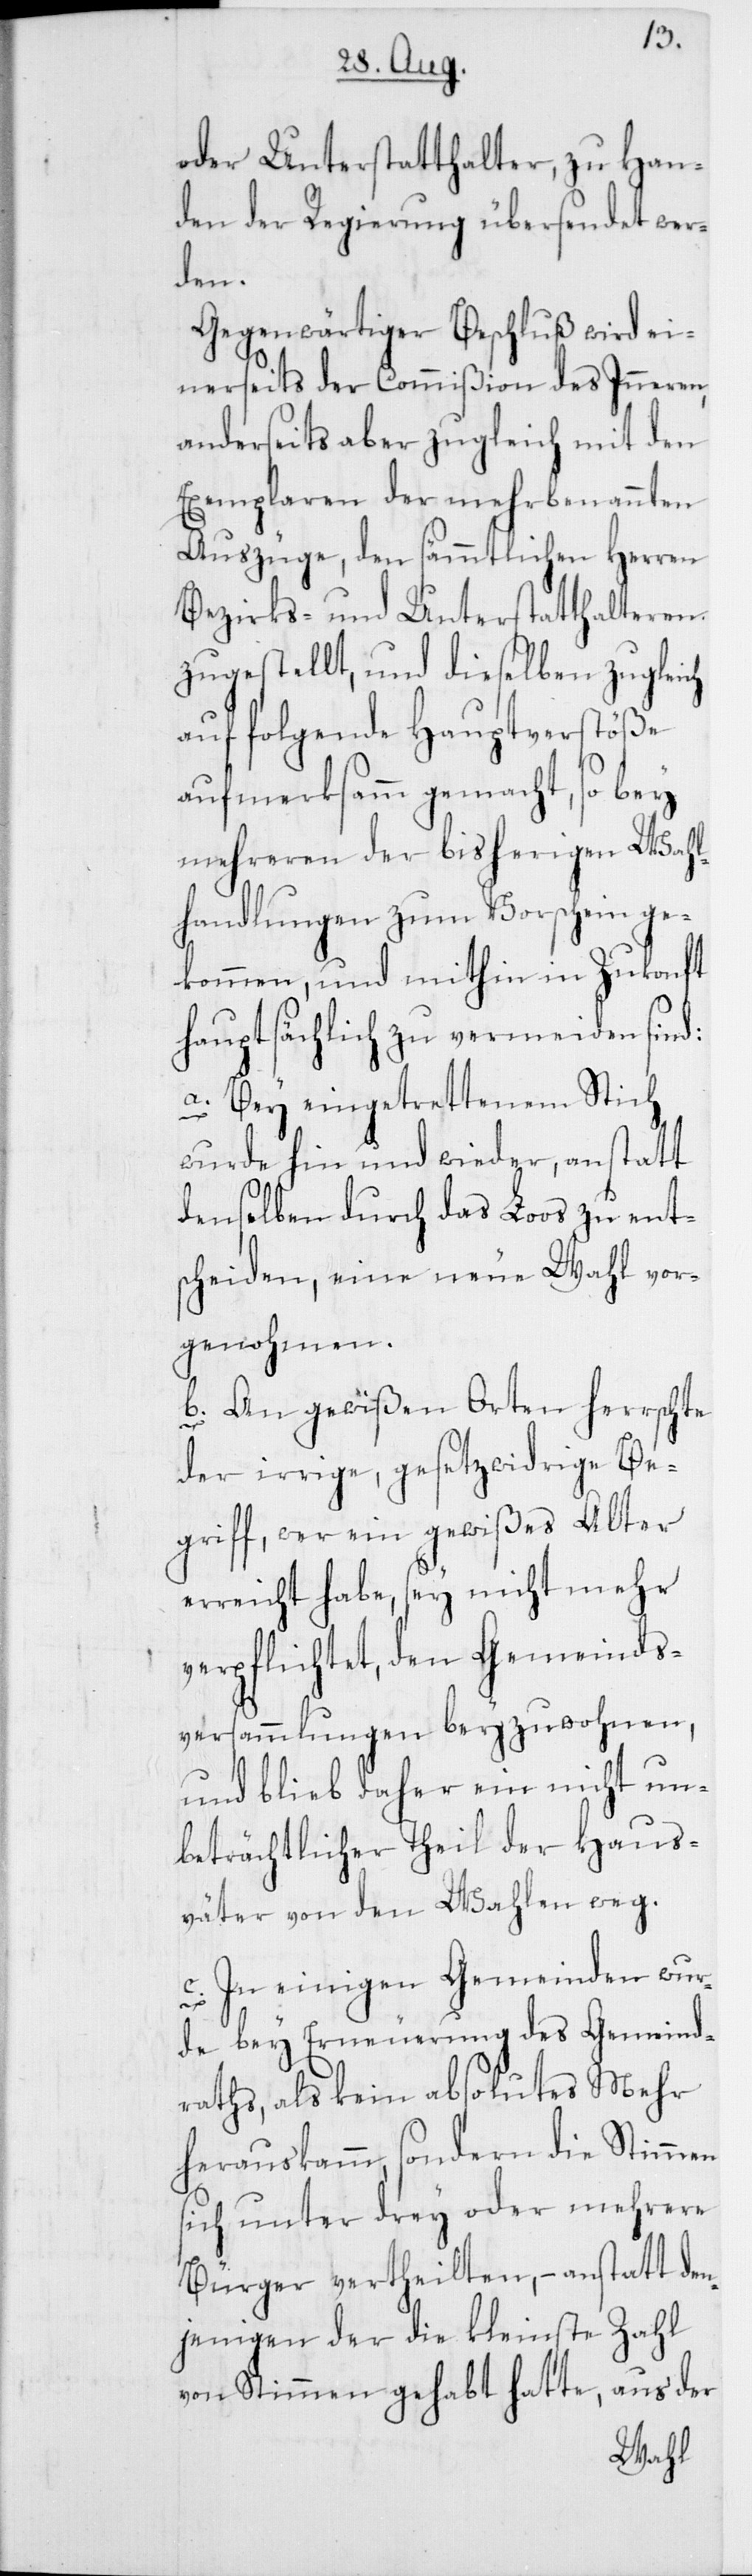
oder Unterstatthalter, zu Han¬
den der Regierung übersendet wer¬
den¬
Gegenwärtiger Beschluß wird ei¬
nerseits der Commißion des Inneren,
anderseits aber zugleich mit den
Exemplaren der mehrbenannten
Auszüge, den sämmtlichen Herren
Bezirks- und Unterstatthalteren
zugestellt, und dieselben zugleich
auf folgende Hauptverstöße
aufmerksamm gemacht, so bey
mehreren der bisherigen Wahl¬
handlungen zum Vorschein ge¬
kommen, und mithin in Zukonft
hauptsächlich zu vermeiden sind:
a) Bey eingetrettenem Stich
wurde hin und wieder, anstatt
denselben durch das Loos zu ent¬
scheiden, eine neue Wahl vor¬
genohmen.
s¬
An gewißen Orten herrschte
der irrige, gesetzwidrige Be¬
griff, wer ein gewißes Alter
erreicht habe, sey nicht mehr
verpflichtet, den Gemeinds¬
versammlungen beyzuwohnen,
un¬
und blieb daher ein
beträchtlicher Theil der Haus¬
väter von den Wa¬
Geme¬
c) In einigen Ge¬
ind¬
de bey Erneuerung des
Mehr
raths, als kein absol¬
die
herauskamm, sondern
mehrere
ich unter drey oder
att
Bürger vertheilten, –
jenigen der die
aus der
von Stimmen gehabt hatte,